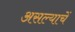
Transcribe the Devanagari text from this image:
असल्याचें